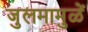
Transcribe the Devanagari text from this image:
जुलमामुळें